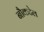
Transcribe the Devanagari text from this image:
नौकटेल